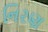
નિરણ